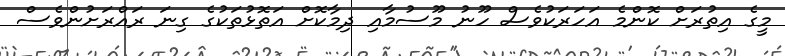
މީގެ އިތުރަށް ކޮންމެ އަހަރަކުވެސް ހޫނު މޫސުމާއި ދިމާކޮށް އަތޮޅުތަކުގެ ގިނަ ރައްރަށުންވެސް